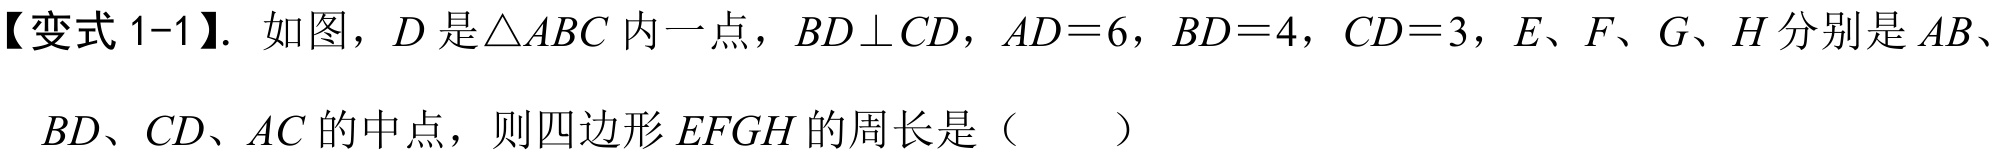
【变式 1-1】. 如图，\(D\) 是\(\triangle ABC\) 内一点，\(BD\perp CD\)，\(AD = 6\)，\(BD = 4\)，\(CD = 3\)，\(E、F、G、H\) 分别是 \(AB\)、
\(BD\)、\(CD\)、\(AC\) 的中点，则四边形 \(EFGH\) 的周长是（  ）